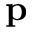
{ \bf p }